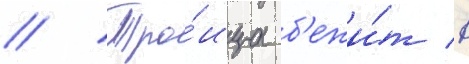
// Тро́ица б'ежи́т в